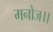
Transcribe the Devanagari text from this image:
मनोज।।